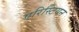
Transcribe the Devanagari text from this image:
एरिस्टियन